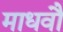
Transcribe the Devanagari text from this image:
माधवौ